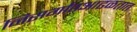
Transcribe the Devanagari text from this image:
निसर्गातआढळतात